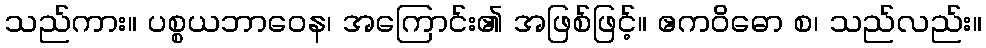
သည်ကား။ ပစ္စယဘာဝေန၊ အကြောင်း၏ အဖြစ်ဖြင့်။ ဧကဝိဓော စ၊ သည်လည်း။